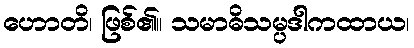
ဟောတိ၊ ဖြစ်၏။ သမာဓိသမ္ပဒါကထာယ၊